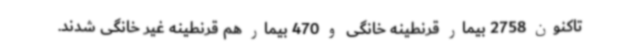
تاکنون 2758 بیمار قرنطینه خانگی و 470 بیمار هم قرنطینه غیر خانگی شدند.